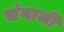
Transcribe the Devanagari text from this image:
संयाजी